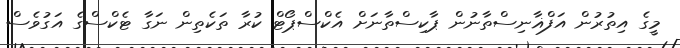
މީގެ އިތުރުން އަފްޣާނިސްތާނުން ޕާކިސްތާނަށް އެކްސްޕޯޓް ކުރާ ތަކެތިން ނަގާ ޓެކްސްގެ އަގުވެސް